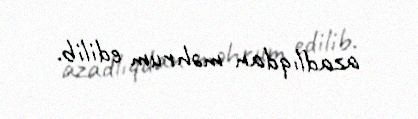
azadlıqdan məhrum edilib.